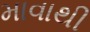
માવાથી